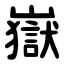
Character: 嶽